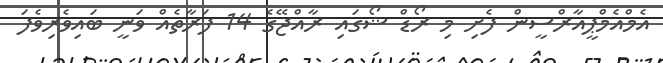
އެމްއެމްޕީއާރްސީން ފެށި މި ރޯޑް ޝޯގައި ރާއްޖޭގެ 14 ފަރާތެއް ވަނީ ބައިވެރިވެފަ